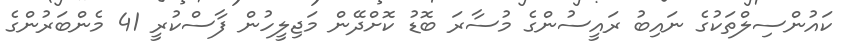
ކައުންސިލްތަކުގެ ނައިބު ރައީސުންގެ މުސާރަ ބޮޑު ކޮށްދޭން މަޖިލީހުން ފާސްކުރީ 41 މެންބަރުންގެ